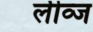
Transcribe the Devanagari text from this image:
लीव्ज